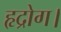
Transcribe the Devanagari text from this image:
हृद्रोग।